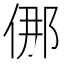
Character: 㑚